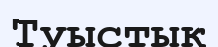
Туыстык